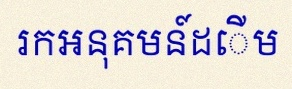
រកអនុគមន៍ដើម